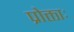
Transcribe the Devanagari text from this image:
प्रोक्ताः